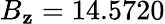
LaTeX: B_{\mathbf{z}}=14.5720